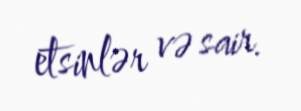
etsinlər və sair.